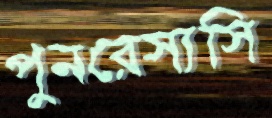
পুনরেস্যসি